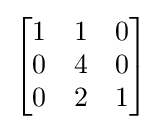
{\begin{bmatrix}1&1&0\\0&4&0\\0&2&1\end{bmatrix}}